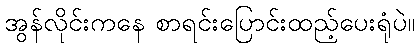
အွန်လိုင်းကနေ စာရင်းပြောင်းထည့်ပေးရုံပဲ။